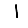
Digit: 1